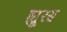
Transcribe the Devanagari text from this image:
ह्यूरस